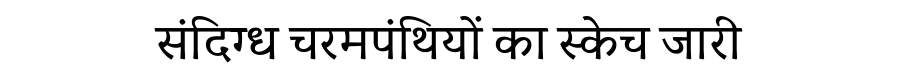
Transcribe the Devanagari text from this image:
संदिग्ध चरमपंथियों का स्केच जारी